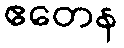
ဧတေန